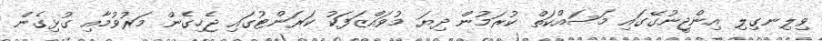
ވިލިނގިލި އިންޖީނުގޭގައި މަސައްކަތް ކުރަމުން ދިޔަ މުވައްޒަފަކު ކަރަންޓުގައި ޖެހިގެން މަރުވުމާއި ގުޅިގެން